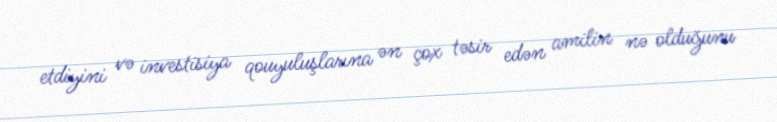
etdiyini və investisiya qouyuluşlarına ən çox təsir edən amilin nə olduğunu